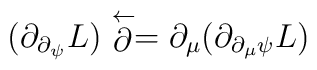
(\partial_{\partial_\psi}L)\stackrel{\leftarrow}{\partial}= \partial_\mu (\partial_{\partial_\mu \psi} L)